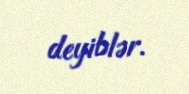
deyiblər.